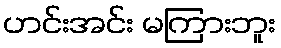
ဟင်းအင်း မကြားဘူး